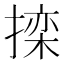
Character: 𱠧